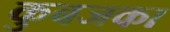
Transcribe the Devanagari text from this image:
कुबजका